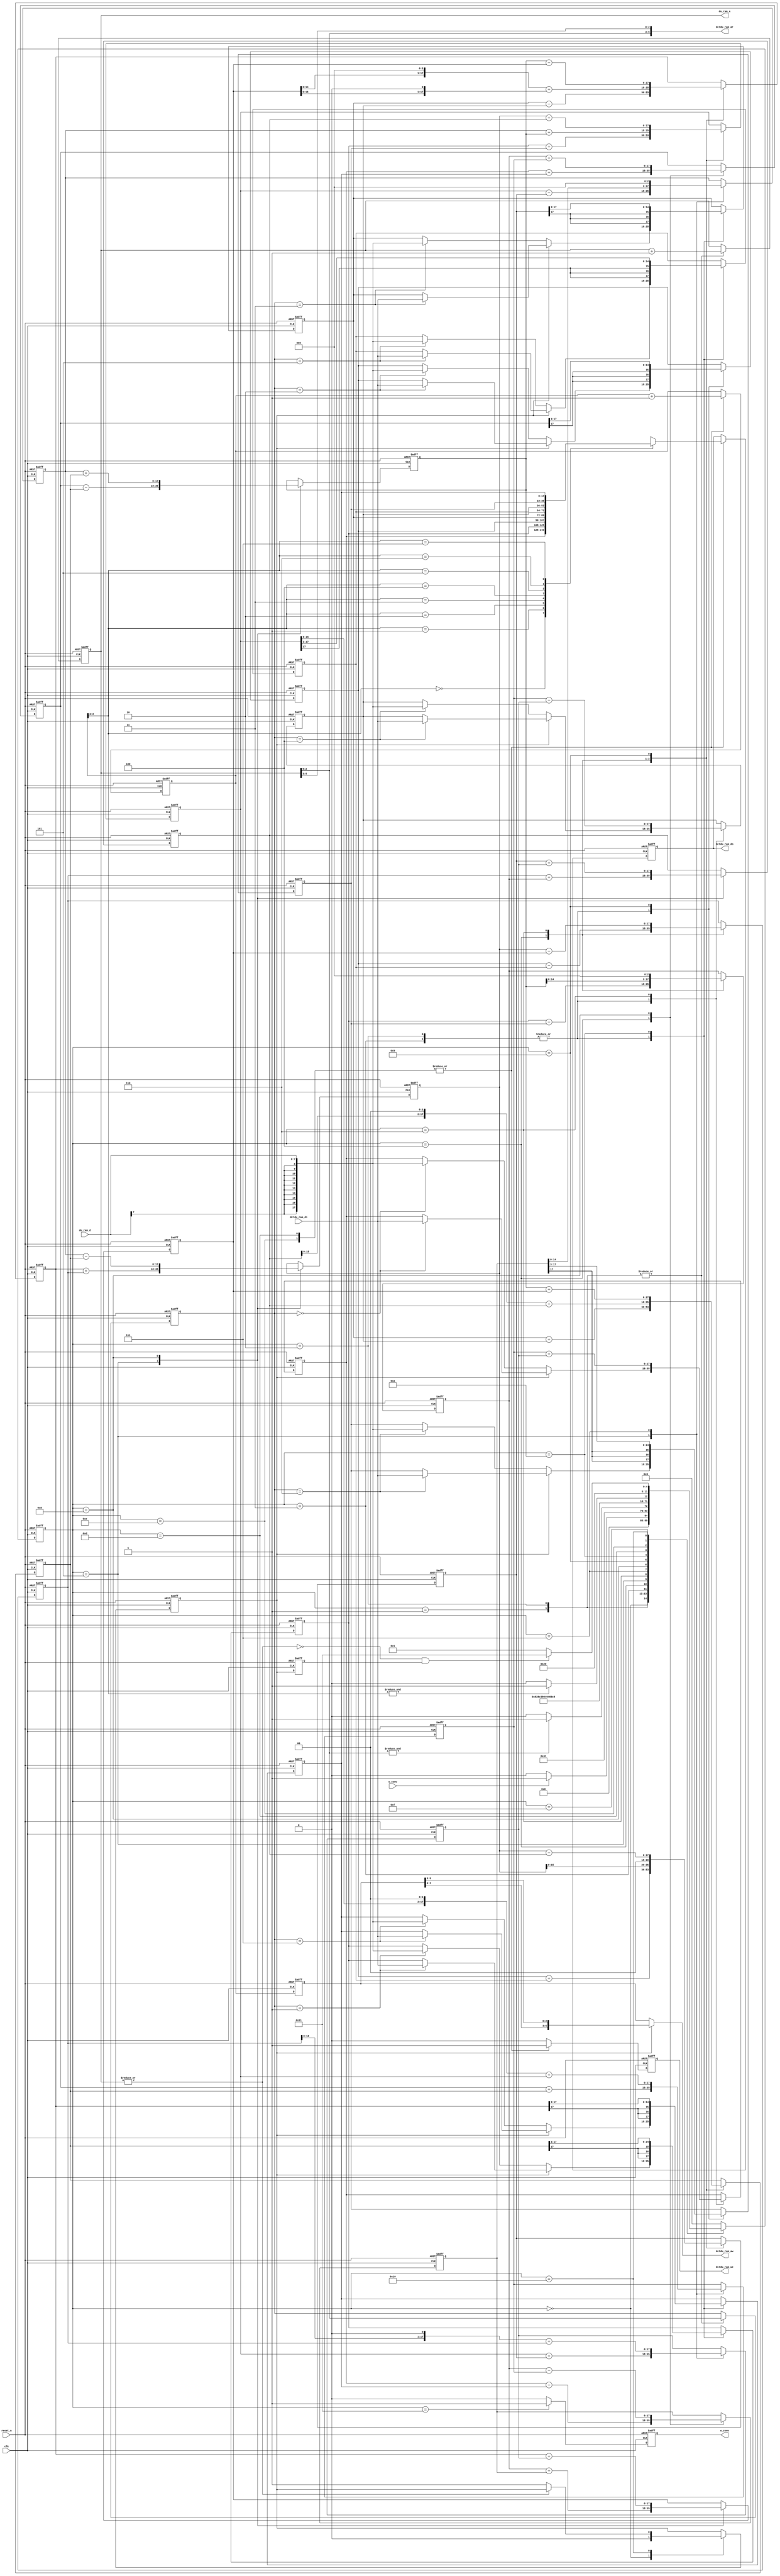
/******************************************************************************
Copyright 2018 Gnarly Grey LLC

Permission is hereby granted, free of charge, to any person obtaining a copy
of this software and associated documentation files (the "Software"), to deal
in the Software without restriction, including without limitation the rights
to use, copy, modify, merge, publish, distribute, sublicense, and/or sell
copies of the Software, and to permit persons to whom the Software is
furnished to do so, subject to the following conditions:

The above copyright notice and this permission notice shall be included in all
copies or substantial portions of the Software.

THE SOFTWARE IS PROVIDED "AS IS", WITHOUT WARRANTY OF ANY KIND, EXPRESS OR
IMPLIED, INCLUDING BUT NOT LIMITED TO THE WARRANTIES OF MERCHANTABILITY,
FITNESS FOR A PARTICULAR PURPOSE AND NONINFRINGEMENT. IN NO EVENT SHALL THE
AUTHORS OR COPYRIGHT HOLDERS BE LIABLE FOR ANY CLAIM, DAMAGES OR OTHER
LIABILITY, WHETHER IN AN ACTION OF CONTRACT, TORT OR OTHERWISE, ARISING FROM,
OUT OF OR IN CONNECTION WITH THE SOFTWARE OR THE USE OR OTHER DEALINGS IN THE
SOFTWARE.
******************************************************************************/
//`define UNSIGNED_SHIFT
module jpeg_enc_dct (
  input           clk,
  input           reset_n,
  
  input           s_conv,
  
  output [5:0]    du_ram_a,
  input  [7:0]    du_ram_d,
  
  output [5:0]    dctdu_ram_aw,
  output          dctdu_ram_we,
  output [17:0]   dctdu_ram_do,
  output [5:0]    dctdu_ram_ar,
  input  [17:0]   dctdu_ram_di,
  
  output          e_conv
  );
  
  
  
  localparam       IDLE       = 0;
  localparam       FETCH_DU_S = 1;
  localparam       FETCH_DU_R = 2;
  localparam       FETCH_DU_E = 3;
  localparam       DCT_CAL_P1 = 4;
  localparam       DCT_CAL_P2 = 5;
  localparam       DCT_CAL_P3 = 6;
  localparam       DCT_CAL_P4 = 7;
  localparam       DCT_CAL_P5 = 8;
  localparam       DCT_CAL_P6 = 9;
  localparam       DCT_CAL_P7 = 10;
`ifdef UNSIGNED_SHIFT  
  localparam       DCT_CAL_P8 = 11;
  localparam       DCT_CAL_P9 = 12;
`endif  
  localparam       SV_DCTDU_S = 13;
  localparam       SV_DCTDU_R = 14;
  localparam       SV_DCTDU_E = 15;
  localparam       SCAN_CHECK = 16;
  localparam       EXIT       = 17;
  
  
  reg    [5:0]    c_state, n_state;
  
  reg    [5:0]    du_idx;
  reg    [5:0]    dctdu_w_idx, dctdu_w_idx_fl, dctdu_r_idx;
  reg             dctdu_w_en;
  reg    [17:0]   dctdu_w_d;
  
  reg    [2:0]    tmp_du_w_idx;
  
  reg             vertical_scan,vertical_scan_fl;
  reg             e_conv_reg;
  
  reg signed   [17:0]   tmp_du [7:0];  
  reg signed   [17:0]   tmp0, tmp1, tmp2, tmp3, tmp4, tmp5, tmp6, tmp7,
                        tmp10, tmp11, tmp12, tmp13, tmp20, tmp21, tmp22;
  
  wire            last_du_element = (&du_idx[2:0]);
  wire            last_dctdu_element = (&dctdu_w_idx[2:0]);
  wire            change_scan = !(|du_idx);
 
  assign          du_ram_a = du_idx;
  assign          dctdu_ram_ar = {du_idx[2:0], du_idx[5:3]};
  assign          dctdu_ram_aw = vertical_scan ? {dctdu_w_idx_fl[2:0], dctdu_w_idx_fl[5:3]} : dctdu_w_idx_fl;
  assign          dctdu_ram_we = dctdu_w_en;
  assign          dctdu_ram_do = dctdu_w_d;
  assign          e_conv = e_conv_reg;
  
  always @ (posedge clk or negedge reset_n)
    begin
      if (!reset_n)
        c_state <= #1 IDLE;
      else
        c_state <= #1 n_state;      
    end
  
  always @ (c_state, s_conv, last_du_element, last_dctdu_element, change_scan, vertical_scan_fl)
    begin
      case (c_state)
        IDLE        : begin
                        if (s_conv)
                          n_state <= #1 FETCH_DU_S;
                        else
                          n_state <= #1 IDLE;                        
                      end
        FETCH_DU_S  : n_state <= #1 FETCH_DU_R;
        FETCH_DU_R  : begin
                        if (last_du_element)
                          n_state <= #1 FETCH_DU_E;
                        else
                          n_state <= #1 FETCH_DU_R;                        
                      end        
        FETCH_DU_E  : n_state <= #1 DCT_CAL_P1;
        DCT_CAL_P1  : n_state <= #1 DCT_CAL_P2;
        DCT_CAL_P2  : n_state <= #1 DCT_CAL_P3;
        DCT_CAL_P3  : n_state <= #1 DCT_CAL_P4;
        DCT_CAL_P4  : n_state <= #1 DCT_CAL_P5;
        DCT_CAL_P5  : n_state <= #1 DCT_CAL_P6;
        DCT_CAL_P6  : n_state <= #1 DCT_CAL_P7;        
`ifdef UNSIGNED_SHIFT        
        DCT_CAL_P7  : n_state <= #1 DCT_CAL_P8;
        DCT_CAL_P8  : n_state <= #1 DCT_CAL_P9;
        DCT_CAL_P9  : n_state <= #1 SV_DCTDU_S;
`else
        DCT_CAL_P7  : n_state <= #1 SV_DCTDU_S;
`endif        
        SV_DCTDU_S  : n_state <= #1 SV_DCTDU_R;
        SV_DCTDU_R  : begin
                        if (last_dctdu_element)
                          n_state <= #1 SV_DCTDU_E;
                        else
                          n_state <= #1 SV_DCTDU_R;                        
                      end
        SV_DCTDU_E  : n_state <= #1 SCAN_CHECK;
        SCAN_CHECK  : begin
                        if (change_scan && vertical_scan_fl)
                          n_state <= #1 EXIT;
                        else
                          n_state <= #1 FETCH_DU_S;                        
                      end
        EXIT        : n_state <= #1 IDLE;                      
        default     : n_state <= #1 IDLE;
      endcase
    end
  
  always @ (posedge clk or negedge reset_n)
    begin
      if (!reset_n)
        du_idx <= #1 6'h00;
      else
        case (c_state)
          FETCH_DU_S,
          FETCH_DU_R  : du_idx <= #1 du_idx + 6'h01;
          default     : du_idx <= #1 du_idx;
        endcase        
    end
  
  always @ (posedge clk or negedge reset_n)
    begin
      if (!reset_n)
        tmp_du_w_idx <= #1 3'h0;
      else
        case (c_state)
          FETCH_DU_S,
          FETCH_DU_R  : tmp_du_w_idx <= #1 du_idx[2:0];
          default     : tmp_du_w_idx <= #1 tmp_du_w_idx;
        endcase        
    end
  
  always @ (posedge clk or negedge reset_n)
    begin
      if (!reset_n)
        begin
          tmp_du[0] <= #1 18'h0000;
          tmp_du[1] <= #1 18'h0000;
          tmp_du[2] <= #1 18'h0000;
          tmp_du[3] <= #1 18'h0000;
          tmp_du[4] <= #1 18'h0000;
          tmp_du[5] <= #1 18'h0000;
          tmp_du[6] <= #1 18'h0000;
          tmp_du[7] <= #1 18'h0000;
        end
      else
        begin      
          tmp_du[0] <= #1 tmp_du[0];
          tmp_du[1] <= #1 tmp_du[1];
          tmp_du[2] <= #1 tmp_du[2];
          tmp_du[3] <= #1 tmp_du[3];
          tmp_du[4] <= #1 tmp_du[4];
          tmp_du[5] <= #1 tmp_du[5];
          tmp_du[6] <= #1 tmp_du[6];
          tmp_du[7] <= #1 tmp_du[7];        
          case (c_state)
            FETCH_DU_R,
            FETCH_DU_E  : begin
                            if (vertical_scan)
                              tmp_du[tmp_du_w_idx] <= #1 dctdu_ram_di;
                            else
                              tmp_du[tmp_du_w_idx] <= #1 $signed(du_ram_d);
                          end  
            DCT_CAL_P3  : begin
                            tmp_du[0] <= #1 tmp10 + tmp11;
                            tmp_du[4] <= #1 tmp10 - tmp11;
                          end
`ifdef UNSIGNED_SHIFT            
            DCT_CAL_P8  : begin
                            tmp_du[2] <= #1 (tmp0[17]) ? 19'h40000-tmp10 : tmp10;
                            tmp_du[6] <= #1 (tmp7[17]) ? 19'h40000-tmp11 : tmp11;
                          end
            DCT_CAL_P9  : begin
                            tmp_du[5] <= #1 (tmp1[17]) ? 19'h40000-tmp13 : tmp13;
                            tmp_du[3] <= #1 (tmp2[17]) ? 19'h40000-tmp20 : tmp20;
                            tmp_du[1] <= #1 (tmp3[17]) ? 19'h40000-tmp21 : tmp21;
                            tmp_du[7] <= #1 (tmp4[17]) ? 19'h40000-tmp22 : tmp22;
                          end
`else
            DCT_CAL_P6  : begin
                            tmp_du[2] <= #1 (tmp0 >>> 3);
                            tmp_du[6] <= #1 (tmp7 >>> 3);
                          end       
            DCT_CAL_P7  : begin
                            tmp_du[5] <= #1 (tmp1 >>> 3);
                            tmp_du[3] <= #1 (tmp2 >>> 3);
                            tmp_du[1] <= #1 (tmp3 >>> 3);
                            tmp_du[7] <= #1 (tmp4 >>> 3);
                          end
`endif                          
            default     : begin
                            tmp_du[0] <= #1 tmp_du[0];
                            tmp_du[1] <= #1 tmp_du[1];
                            tmp_du[2] <= #1 tmp_du[2];
                            tmp_du[3] <= #1 tmp_du[3];
                            tmp_du[4] <= #1 tmp_du[4];
                            tmp_du[5] <= #1 tmp_du[5];
                            tmp_du[6] <= #1 tmp_du[6];
                            tmp_du[7] <= #1 tmp_du[7];             
                          end            
          endcase
        end
    end
  
  always @ (posedge clk or negedge reset_n)
    begin
      if (!reset_n)
        begin
          tmp0 <= #1 18'h0000;
          tmp1 <= #1 18'h0000;
          tmp2 <= #1 18'h0000;
          tmp3 <= #1 18'h0000;
          tmp4 <= #1 18'h0000;
          tmp5 <= #1 18'h0000;
          tmp6 <= #1 18'h0000;
          tmp7 <= #1 18'h0000;
        end
      else
        begin
          tmp0 <= #1 tmp0;
          tmp1 <= #1 tmp1;
          tmp2 <= #1 tmp2;
          tmp3 <= #1 tmp3;
          tmp4 <= #1 tmp4;
          tmp5 <= #1 tmp5;
          tmp6 <= #1 tmp6;
          tmp7 <= #1 tmp7; 
          case (c_state)
            DCT_CAL_P1  : begin
                            tmp0 <= #1 tmp_du[0] + tmp_du[7];
                            tmp1 <= #1 tmp_du[1] + tmp_du[6];
                            tmp2 <= #1 tmp_du[2] + tmp_du[5];
                            tmp3 <= #1 tmp_du[3] + tmp_du[4];
                            tmp4 <= #1 tmp_du[3] - tmp_du[4];
                            tmp5 <= #1 tmp_du[2] - tmp_du[5];
                            tmp6 <= #1 tmp_du[1] - tmp_du[6];
                            tmp7 <= #1 tmp_du[0] - tmp_du[7];            
                          end
            DCT_CAL_P3  : begin
                            tmp1 <= #1 tmp12 + tmp13; //z1
                            tmp2 <= #1 tmp20 << 2;    //z2                           
                            tmp3 <= #1 {tmp21[15:0], 2'b00} + tmp21;  //z3                          
                            tmp4 <= #1 {tmp22[14:0], 3'b000} + {tmp22[16:0], 1'b0}; //z4
                            tmp5 <= #1 tmp20 - tmp22; //z5
                            tmp6 <= #1 tmp13 << 3;    //du2/6: (tmp13 * 10)                            
                          end
            DCT_CAL_P5  : begin
                            tmp0 <= #1 tmp6 + tmp10;  //du2/6: + z1
                            tmp7 <= #1 tmp6 - tmp10;  //du2/6: - z1          
                          end     
            DCT_CAL_P6  : begin
                            tmp1 <= #1 tmp20 + tmp21; //du5: z13 + z2
                            tmp2 <= #1 tmp20 - tmp21; //du3: z13 - z2
                            tmp3 <= #1 tmp13 + tmp22; //du1: z11 + z4
                            tmp4 <= #1 tmp13 - tmp22; //du7: z11 - z4
                          end
            default     : begin
                            tmp0 <= #1 tmp0;
                            tmp1 <= #1 tmp1;
                            tmp2 <= #1 tmp2;
                            tmp3 <= #1 tmp3;
                            tmp4 <= #1 tmp4;
                            tmp5 <= #1 tmp5;
                            tmp6 <= #1 tmp6;
                            tmp7 <= #1 tmp7;             
                          end            
          endcase          
        end        
    end
    
  always @ (posedge clk or negedge reset_n)
    begin
      if (!reset_n)
        begin
          tmp10 <= #1 18'h0000;
          tmp11 <= #1 18'h0000;
          tmp12 <= #1 18'h0000;
          tmp13 <= #1 18'h0000;
          tmp20 <= #1 18'h0000;
          tmp21 <= #1 18'h0000;
          tmp22 <= #1 18'h0000;
        end
      else
        begin
          tmp10 <= #1 tmp10;
          tmp11 <= #1 tmp11;
          tmp12 <= #1 tmp12;
          tmp13 <= #1 tmp13;
          tmp20 <= #1 tmp20;
          tmp21 <= #1 tmp21;
          tmp22 <= #1 tmp22; 
          case (c_state)
            DCT_CAL_P2  : begin
                            tmp10 <= #1 tmp0 + tmp3;
                            tmp11 <= #1 tmp1 + tmp2;
                            tmp12 <= #1 tmp1 - tmp2;
                            tmp13 <= #1 tmp0 - tmp3;
                            tmp20 <= #1 tmp4 + tmp5;
                            tmp21 <= #1 tmp5 + tmp6;
                            tmp22 <= #1 tmp6 + tmp7;           
                          end
            DCT_CAL_P4  : begin                        
                            tmp10 <= #1 {tmp1[15:0], 2'b00} + tmp1; //z1                           
                            tmp11 <= #1 {tmp5[16:0], 1'b0} + tmp5; //z5
                            tmp12 <= #1 tmp7 << 3;   //z11/z13: (tmp7 * 10)           
                          end 
            DCT_CAL_P5  : begin
                            tmp13 <= #1 tmp12 + tmp3; //z11
                            tmp20 <= #1 tmp12 - tmp3; //z13
                            tmp21 <= #1 tmp2 + tmp11; //z2
                            tmp22 <= #1 tmp4 + tmp11; //z4                            
                          end 
`ifdef UNSIGNED_SHIFT                          
            DCT_CAL_P6  : begin
                            tmp10 <= #1 (tmp0[17]) ? 19'h40000-tmp0 : tmp0;
                            tmp11 <= #1 (tmp7[17]) ? 19'h40000-tmp7 : tmp7;
                          end         
            DCT_CAL_P7  : begin
                            tmp13 <= #1 (tmp1[17]) ? 19'h40000-tmp1 : tmp1;
                            tmp20 <= #1 (tmp2[17]) ? 19'h40000-tmp2 : tmp2;
                            tmp21 <= #1 (tmp3[17]) ? 19'h40000-tmp3 : tmp3;
                            tmp22 <= #1 (tmp4[17]) ? 19'h40000-tmp4 : tmp4;
                            tmp10 <= #1 tmp10 >> 3;
                            tmp11 <= #1 tmp11 >> 3;
                          end
            DCT_CAL_P8  : begin
                            tmp13 <= #1 tmp13 >> 3;
                            tmp20 <= #1 tmp20 >> 3;
                            tmp21 <= #1 tmp21 >> 3;
                            tmp22 <= #1 tmp22 >> 3;
                          end
`endif                          
            default     : begin
                            tmp10 <= #1 tmp10;
                            tmp11 <= #1 tmp11;
                            tmp12 <= #1 tmp12;
                            tmp13 <= #1 tmp13;
                            tmp20 <= #1 tmp20;
                            tmp21 <= #1 tmp21;
                            tmp22 <= #1 tmp22;             
                          end            
          endcase          
        end        
    end
  
  always @ (posedge clk or negedge reset_n)
    begin
      if (!reset_n)
        begin
          dctdu_w_idx <= #1 6'h00;
          dctdu_w_en  <= #1 1'b0;
          dctdu_w_d   <= #1 18'h00000;
        end
      else
        begin
          dctdu_w_idx <= #1 dctdu_w_idx;
          dctdu_w_en  <= #1 1'b0;
          dctdu_w_d   <= #1 dctdu_w_d;
          case (c_state)
            SV_DCTDU_S,
            SV_DCTDU_R  : begin
                            dctdu_w_idx <= #1 dctdu_w_idx + 6'h01;
                            dctdu_w_en  <= #1 1'b1;
                            dctdu_w_d   <= #1 tmp_du[dctdu_w_idx[2:0]];             
                          end
            default     : begin
                            dctdu_w_idx <= #1 dctdu_w_idx;
                            dctdu_w_en  <= #1 1'b0;
                            dctdu_w_d   <= #1 dctdu_w_d;            
                          end            
          endcase          
        end        
    end
  
  always @ (posedge clk or negedge reset_n)
    begin
      if (!reset_n)
        dctdu_w_idx_fl <= #1 6'h00;
      else
        dctdu_w_idx_fl <= #1 dctdu_w_idx;      
    end
  
  always @ (posedge clk or negedge reset_n)
    begin
      if (!reset_n)
        vertical_scan <= #1 1'b0;
      else
        case (c_state)
          IDLE        : vertical_scan <= #1 1'b0;
          SCAN_CHECK  : vertical_scan <= #1 change_scan ? 1'b1 : vertical_scan;
          default     : vertical_scan <= #1 vertical_scan;
        endcase        
    end
  
  always @ (posedge clk or negedge reset_n)
    begin
      if (!reset_n)
        vertical_scan_fl <= #1 1'b0;
      else
        vertical_scan_fl <= #1 vertical_scan;      
    end    
    
  always @ (posedge clk or negedge reset_n)
    begin
      if (!reset_n)
        e_conv_reg <= #1 1'b0;
      else
      if (c_state == EXIT)
        e_conv_reg <= #1 1'b1;
      else
        e_conv_reg <= #1 1'b0;      
    end    
  
endmodule